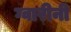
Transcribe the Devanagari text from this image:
ग्वारीनी